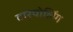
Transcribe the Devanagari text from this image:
दारपोलिंग